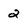
Character: 2